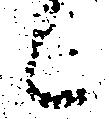
候